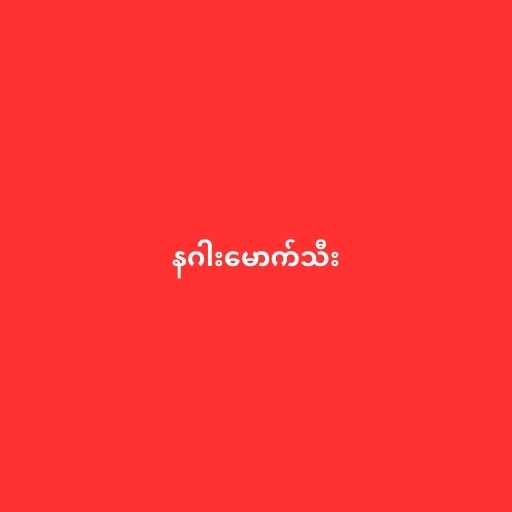
နဂါးမောက်သီး